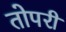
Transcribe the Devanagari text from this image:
तोपरी